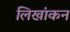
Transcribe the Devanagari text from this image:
लिखांकन